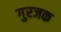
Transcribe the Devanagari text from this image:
गुरजक